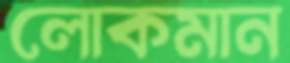
লোকমান